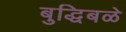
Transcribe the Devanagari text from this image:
बुद्धिबळे